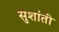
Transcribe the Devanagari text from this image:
सुशांती